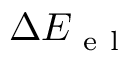
\Delta E _ { \mathrm { ~ e ~ l ~ } }